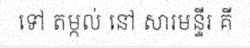
ទៅ តម្កល់ នៅ សារមន្ទីរ គី